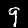
Label: 9